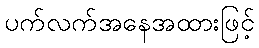
ပက်လက်အနေအထားဖြင့်